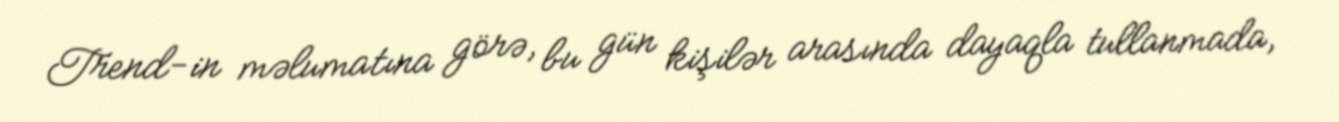
Trend-in məlumatına görə, bu gün kişilər arasında dayaqla tullanmada,